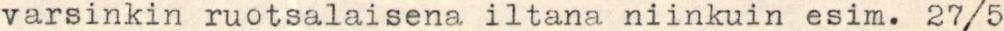
varsinkin ruotsalaisena iltana niinkuin esim. 27/5